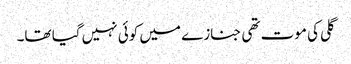
گلی کی موت تھی جنازے میں کوئی نہیں گیا تھا۔